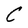
Character: C